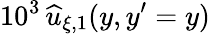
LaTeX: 10^{3}\, \widehat{u}_{\xi,1}(y,y^{\prime}=y)